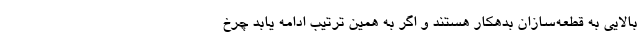
بالایی به قطعه‌سازان بدهکار هستند و اگر به همین ترتیب ادامه یابد چرخ